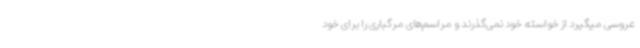
عروسی میگیرد از خواسته خود نمی‌گذرند و مراسم‌های مرگباری را برای خود